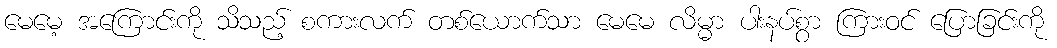
မေမေ့ အကြောင်းကို သိသည့် စကားလက် တစ်ယောက်သာ မေမေ လိမ္မာ ပါးနပ်စွာ ကြားဝင် ပြောခြင်းကို